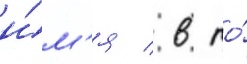
и́м'я / в то́